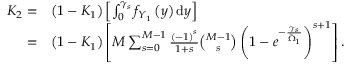
\begin{array} { r l } { K _ { 2 } = } & { \left( 1 - K _ { 1 } \right) \left[ \int _ { 0 } ^ { \gamma _ { s } } f _ { Y _ { 1 } } \left( y \right) \mathrm { d } y \right] } \\ { = } & { \left( 1 - K _ { 1 } \right) \left[ M \sum _ { s = 0 } ^ { M - 1 } \frac { \left( - 1 \right) ^ { s } } { 1 + s } \binom { M - 1 } { s } \left( 1 - e ^ { - \frac { \gamma _ { s } } { \tilde { \Omega } _ { 1 } } } \right) ^ { s + 1 } \right] . } \end{array}